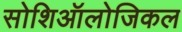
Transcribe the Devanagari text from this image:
सोशिऑलोजिकल